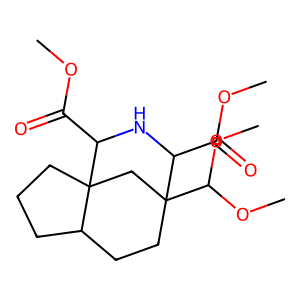
SMILES: COC(=O)C1NC(C(=O)OC)C2(C(OC)OC)CCC3CCCC31C2
Inhibits HIV replication: No